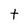
Character: t